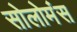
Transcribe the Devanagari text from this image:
सोलोमंस